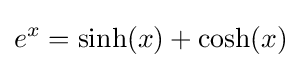
e^{x}=\sinh(x)+\cosh(x)